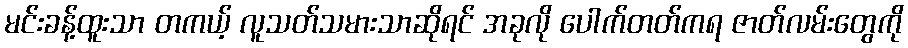
မင်းခန့်ထူးသာ တကယ့် လူသတ်သမားသာဆိုရင် အခုလို ပေါက်တတ်ကရ ဇာတ်လမ်းတွေကို